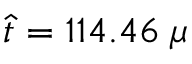
\hat { t } = 1 1 4 . 4 6 \; \mu